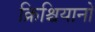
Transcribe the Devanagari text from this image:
क्रिश्चियानो